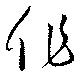
作